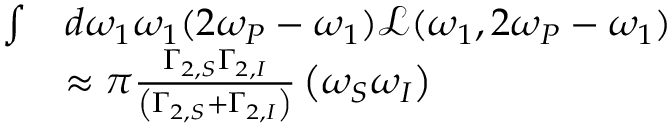
\begin{array} { r l } { \int } & { d \omega _ { 1 } \omega _ { 1 } ( 2 \omega _ { P } - \omega _ { 1 } ) \mathcal { L } ( \omega _ { 1 } , 2 \omega _ { P } - \omega _ { 1 } ) } \\ & { \approx \pi \frac { \Gamma _ { 2 , S } \Gamma _ { 2 , I } } { \left( \Gamma _ { 2 , S } + \Gamma _ { 2 , I } \right) } \left( \omega _ { S } \omega _ { I } \right) } \end{array}